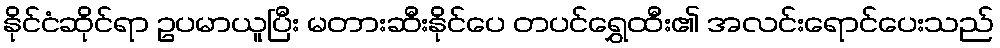
နိုင်ငံဆိုင်ရာ ဥပမာယူပြီး မတားဆီးနိုင်ပေ တပင်ရွှေထီး၏ အလင်းရောင်ပေးသည်